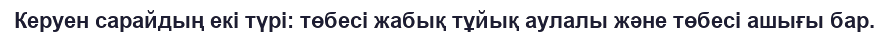
Керуен сарайдың екі түрі: төбесі жабық тұйық аулалы және төбесі ашығы бар.